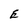
Character: E